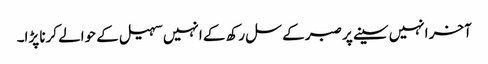
آخر انہیں سینے پر صبر کے سل رکھ کے انہیں سہیل کے حوالے کرنا پڑا۔